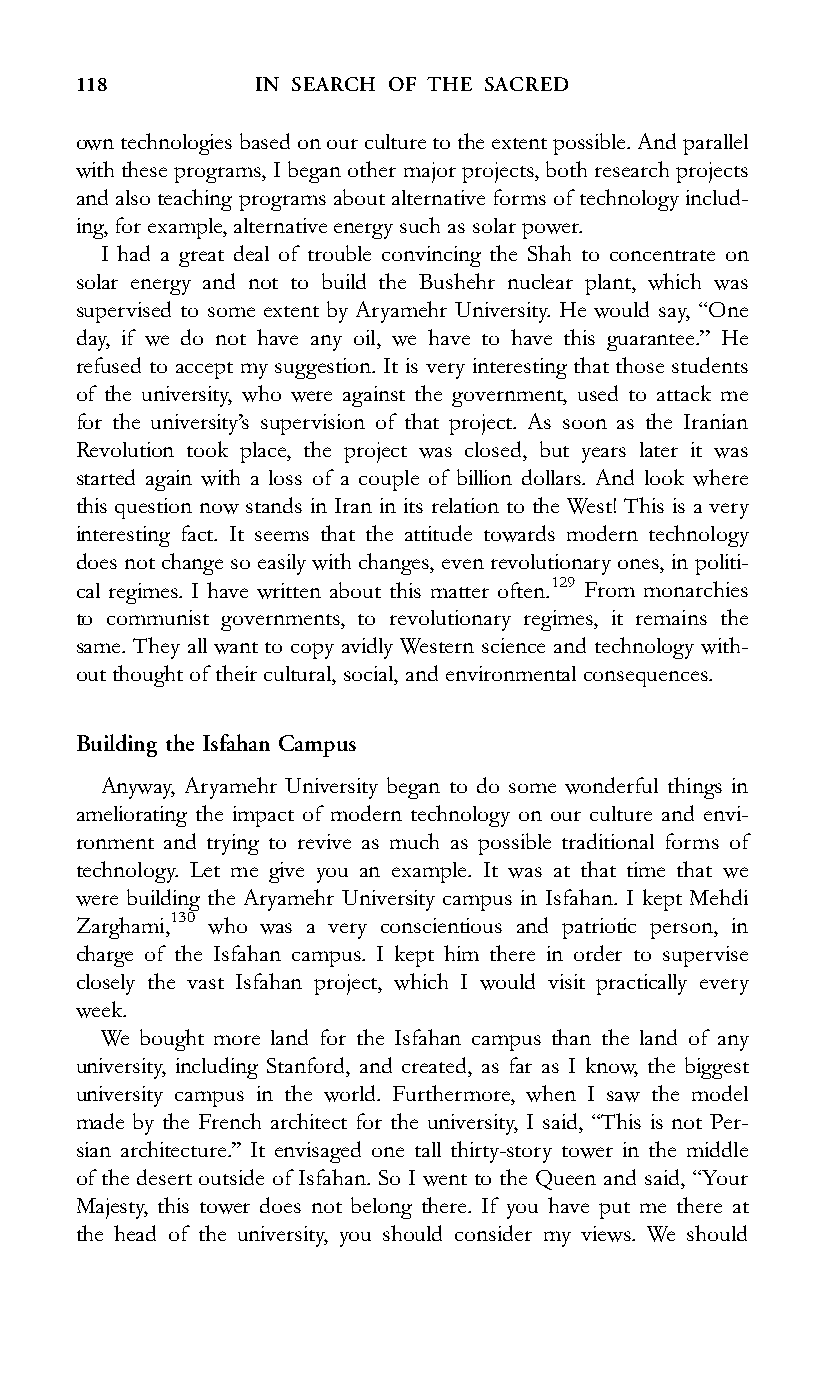
118         IN SEARCH OF THE SACRED
 owntechnologiesbasedonourculturetotheextentpossible.Andparallel
 with these programs, I began other major projects, both researchprojects
 and also teaching programs about alternative forms of technology includ-
 ing,forexample,alternativeenergysuchassolar power.
 I had a great deal of trouble convincing the Shah to concentrate on
 solar energy and not to build the Bushehr nuclear plant, which was
 supervised to some extent by Aryamehr University. He would say, ‘‘One
 day, if we do not have any oil, we have to have this guarantee.’’ He
 refused to accept my suggestion. It is very interesting that those students
 of the university, who were against the government, used to attack me
 for the university’s supervision of that project. As soon as the Iranian
 Revolution took place, the project was closed, but years later it was
 started again with a loss of a couple of billion dollars. And look where
 this question now stands in Iran in its relation to the West! This is a very
 interesting fact. It seems that the attitude towards modern technology
 does not change so easily with changes, even revolutionaryones, in politi-
 cal regimes. I have written about this matter often.129 From monarchies
 to communist governments, to revolutionary regimes, it remains the
 same. They all want to copy avidly Western science and technology with-
 out thought of their cultural, social, and environmental consequences.
 Building the Isfahan Campus
 Anyway, Aryamehr University began to do some wonderful things in
 ameliorating the impact of modern technology on our culture and envi-
 ronment and trying to revive as much as possible traditional forms of
 technology. Let me give you an example. It was at that time that we
 were building the Aryamehr University campus in Isfahan. I kept Mehdi
 Zarghami,130 who was a very conscientious and patriotic person, in
 charge of the Isfahan campus. I kept him there in order to supervise
 closely the vast Isfahan project, which I would visit practically every
 week.
 We bought more land for the Isfahan campus than the land of any
 university, including Stanford, and created, as far as I know, the biggest
 university campus in the world. Furthermore, when I saw the model
 made by the French architect for the university, I said, ‘‘This is not Per-
 sian architecture.’’ It envisaged one tall thirty-story tower in the middle
 of the desert outside of Isfahan. So I went to the Queen and said, ‘‘Your
 Majesty, this tower does not belong there. If you have put me there at
 the head of the university, you should consider my views. We should